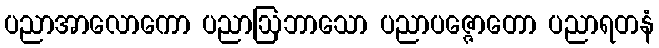
ပညာအာလောကော ပညာဩဘာသော ပညာပဇ္ဇောတော ပညာရတနံ